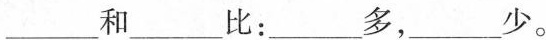
___和____比：___多，___少。